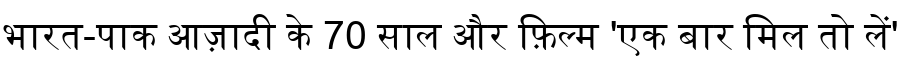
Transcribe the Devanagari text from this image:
भारत-पाक आज़ादी के 70 साल और फ़िल्म 'एक बार मिल तो लें'